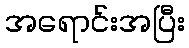
အရောင်းအပြီး